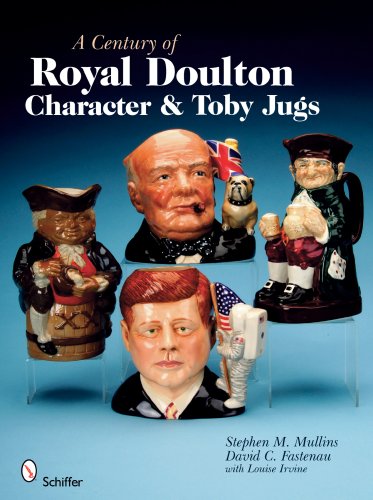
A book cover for A Century of Royal Doulton Character & Toby Jugs; Stephen M. Mullins; Crafts, Hobbies & Home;